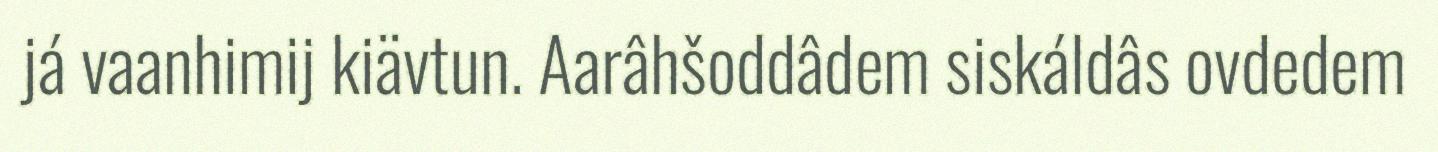
já vaanhimij kiävtun. Aarâhšoddâdem siskáldâs ovdedem